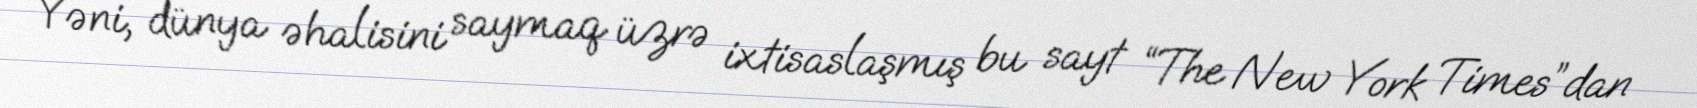
Yəni, dünya əhalisini saymaq üzrə ixtisaslaşmış bu sayt “The New York Times”dan